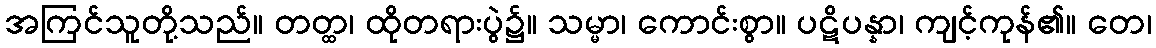
အကြင်သူတို့သည်။ တတ္ထ၊ ထိုတရားပွဲ၌။ သမ္မာ၊ ကောင်းစွာ။ ပဋိပန္နာ၊ ကျင့်ကုန်၏။ တေ၊